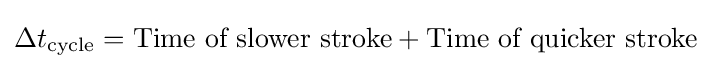
\Delta t_{\text{cycle}}={\text{Time of slower stroke}}+{\text{Time of quicker stroke}}